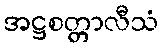
အဋ္ဌစတ္တာလီသံ